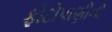
ફોટોપાણીનો